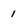
Character: 1